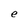
Character: e